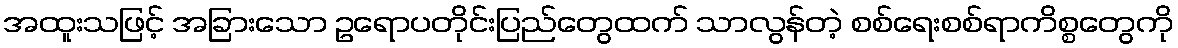
အထူးသဖြင့် အခြားသော ဥရောပတိုင်းပြည်တွေထက် သာလွန်တဲ့ စစ်ရေးစစ်ရာကိစ္စတွေကို